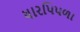
ધારપિપળા